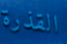
القذرة